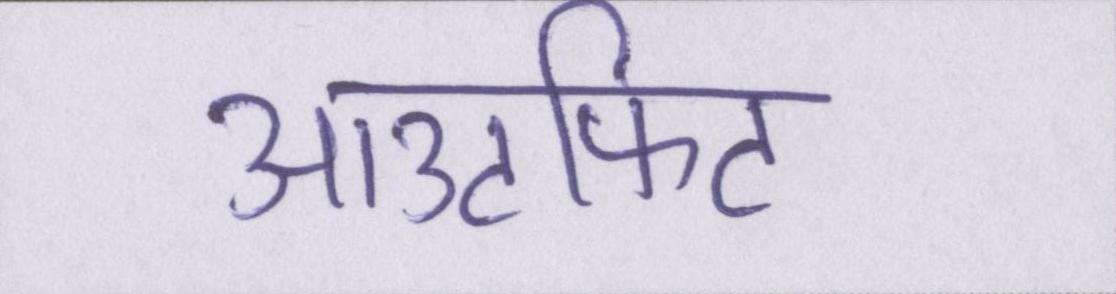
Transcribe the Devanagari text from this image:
आउटफिट